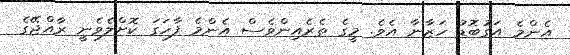
އެންމެ އަގުބޮޑު ހަޒާނާ އެވެ. މީގެ ތެރެއިންވެސް އެންމެ ފާހަގަ ކޮށްލެވެނީ ރާއްޖޭގެ